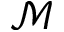
\mathcal { M }